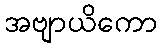
အဗျာယိကော